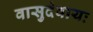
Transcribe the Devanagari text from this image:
वासुदेवायः